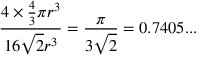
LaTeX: { \frac { 4 \times { \frac { 4 } { 3 } } \pi r ^ { 3 } } { 1 6 { \sqrt { 2 } } r ^ { 3 } } } = { \frac { \pi } { 3 { \sqrt { 2 } } } } = 0 . 7 4 0 5 . . .